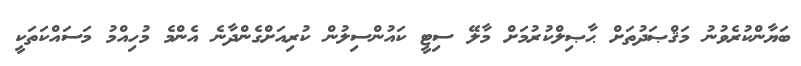
ބަޔާންކުރެވުނު މަޤްޞަދުތަށް ޙާޞިލްކުރުމަށް މާލޭ ސިޓީ ކައުންސިލުން ކުރިއަށްގެންދާނެ އެންމެ މުހިއްމު މަސައްކަތަކީ